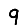
Digit: 9